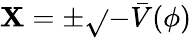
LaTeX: \mathbf{X}=\pm\sqrt{}{{-\bar{{V}}(\phi)}}